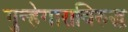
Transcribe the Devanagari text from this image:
गुन्हेगाराविरुद्ध